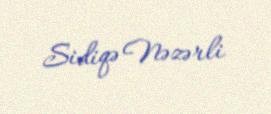
Sidiqə Nəzərli